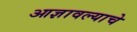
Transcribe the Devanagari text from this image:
आज्ञावल्याचे